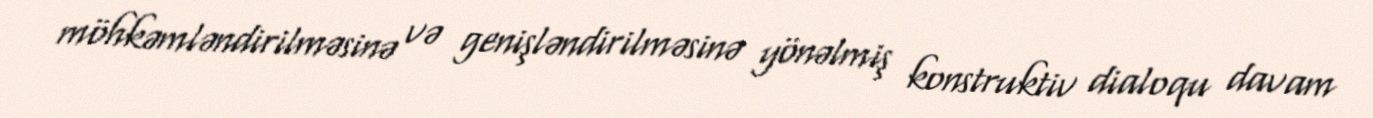
möhkəmləndirilməsinə və genişləndirilməsinə yönəlmiş konstruktiv dialoqu davam